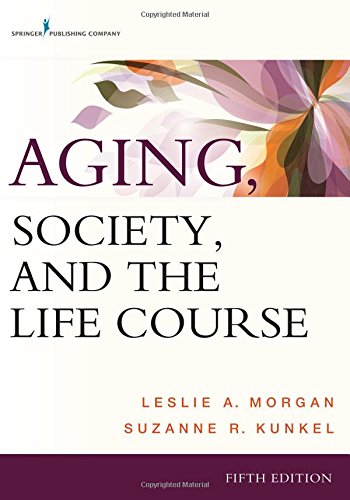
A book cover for Aging, Society, and the Life Course, Fifth Edition; Leslie A. Morgan PhD; Medical Books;